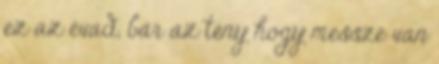
ez az évad, bár az tény hogy messze van